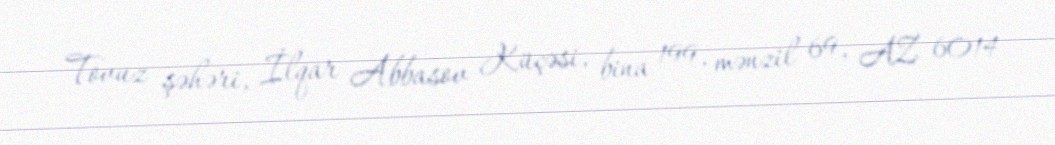
Tovuz şəhəri, İlqar Abbasov Küçəsi, bina 199, mənzil 69, AZ 6014